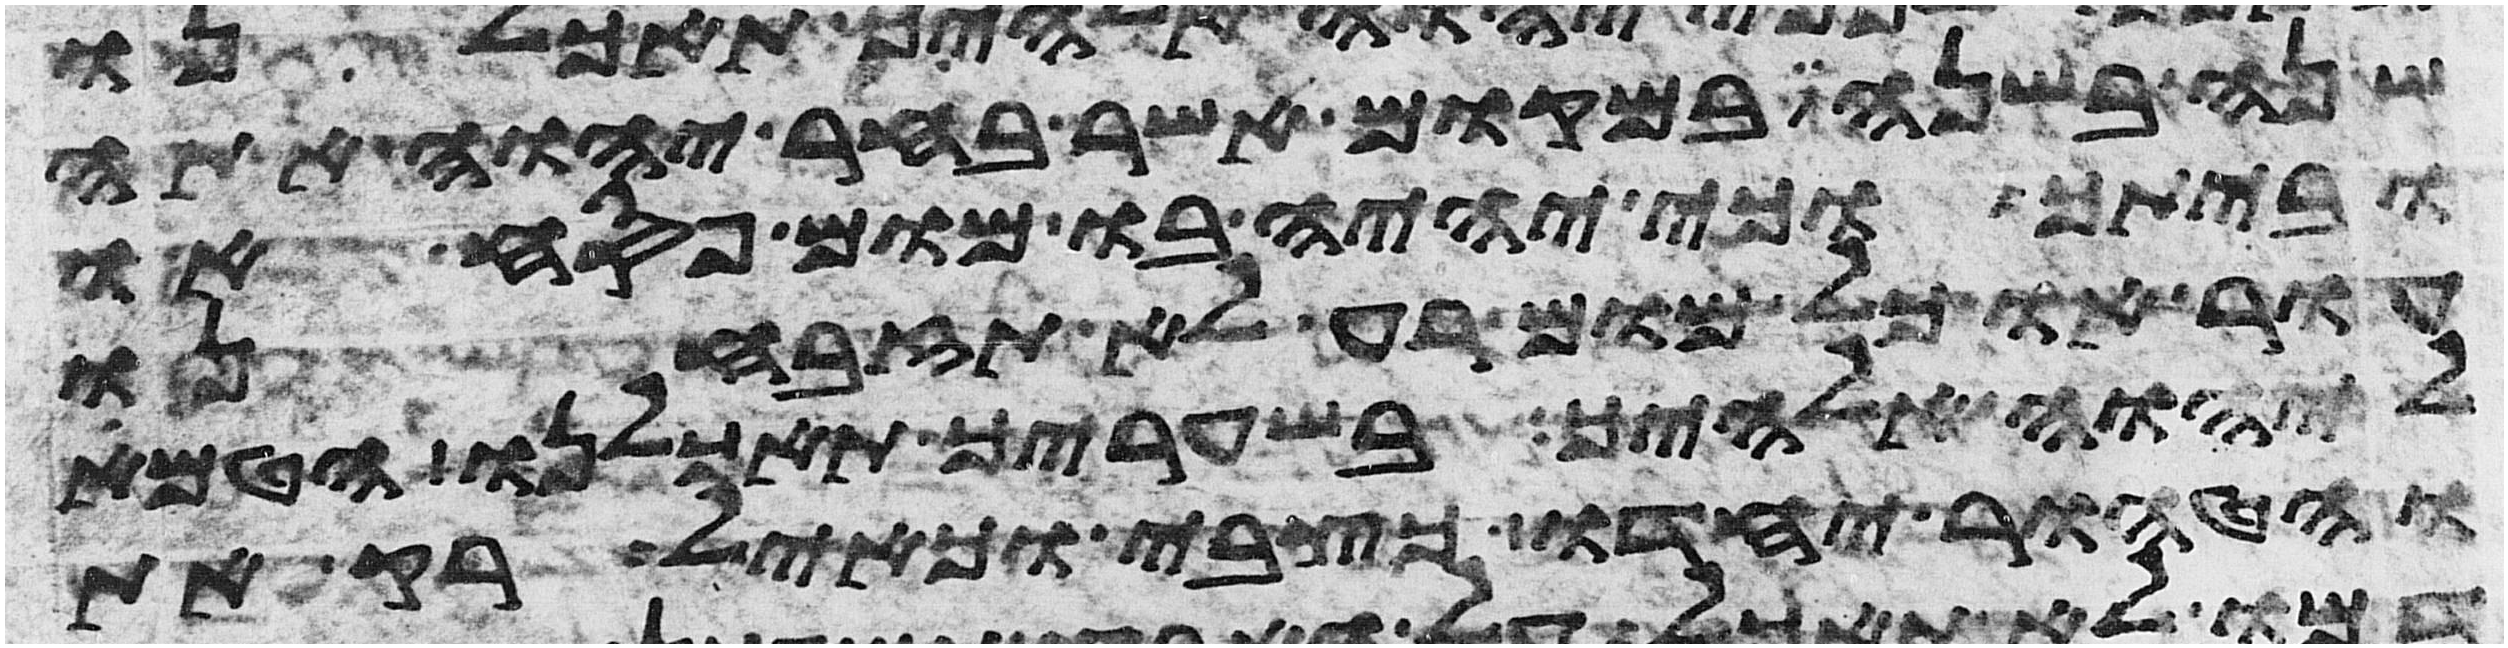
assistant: שנה בשנה במקום אשר בחר יהוה אתה
וביתך וכי יהיה בו מום פסח או
עור או כל מום רע לא תזבחנו
ליהוה אלהיך בשעריך תאכלנו הטמא
והטהור יחדו כצבי וכאיל רק את